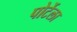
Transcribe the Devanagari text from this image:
पोर्टेला